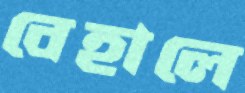
বেহালে